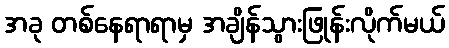
အခု တစ်နေရာရာမှ အချိန်သွားဖြုန်းလိုက်မယ်